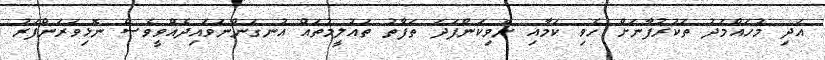
އަދި މުހައްމަދު ތަކުރުފާނަށް ހެވި ކަމާއި ނެވިކަންފަދަ ތަފާތު ތައުލީމުތައް އުނގަންނަވައިދެއްވީވެސް ނޮޅިވަރަންފަރު